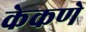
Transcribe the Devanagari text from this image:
केकणे